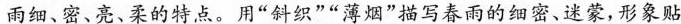
雨细、密、亮、柔的特点。用“斜织”“薄烟”描写春雨的细密、迷蒙,形象贴